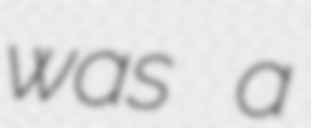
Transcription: was a